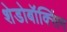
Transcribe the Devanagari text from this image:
शेडोबॉक्सिंग